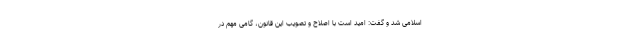
اسلامی شد و گفت: امید است با اصلاح و تصویب این قانون، گامی مهم در